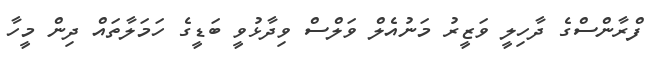
ފްރާންސްގެ ދާހިލީ ވަޒީރު މަނުއެލް ވަލްސް ވިދާޅުވީ ބަޑީގެ ހަމަލާތައް ދިން މީހާ